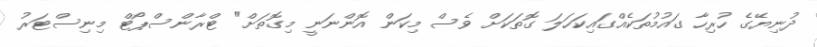
ދުނިޔޭގެ ހުރިހާ ގައުމުތަކެއްގައިކަހަލަ ގޮތަކަށް ވެސް މިކަން އޮންނަނީ މިގޮތަށް" ޓްރާންސްޕޯޓް މިނިސްޓަރު